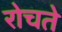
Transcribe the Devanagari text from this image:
रोचते